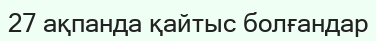
27 ақпанда қайтыс болғандар